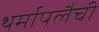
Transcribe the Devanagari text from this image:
थर्मापलैची